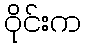
ဝိုင်းက